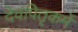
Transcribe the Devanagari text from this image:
देवपितृकर्मे